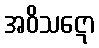
အဝိသဋော